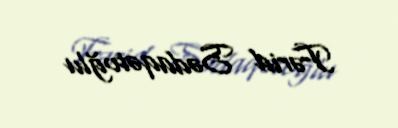
Fərid Sədaqətoğlu